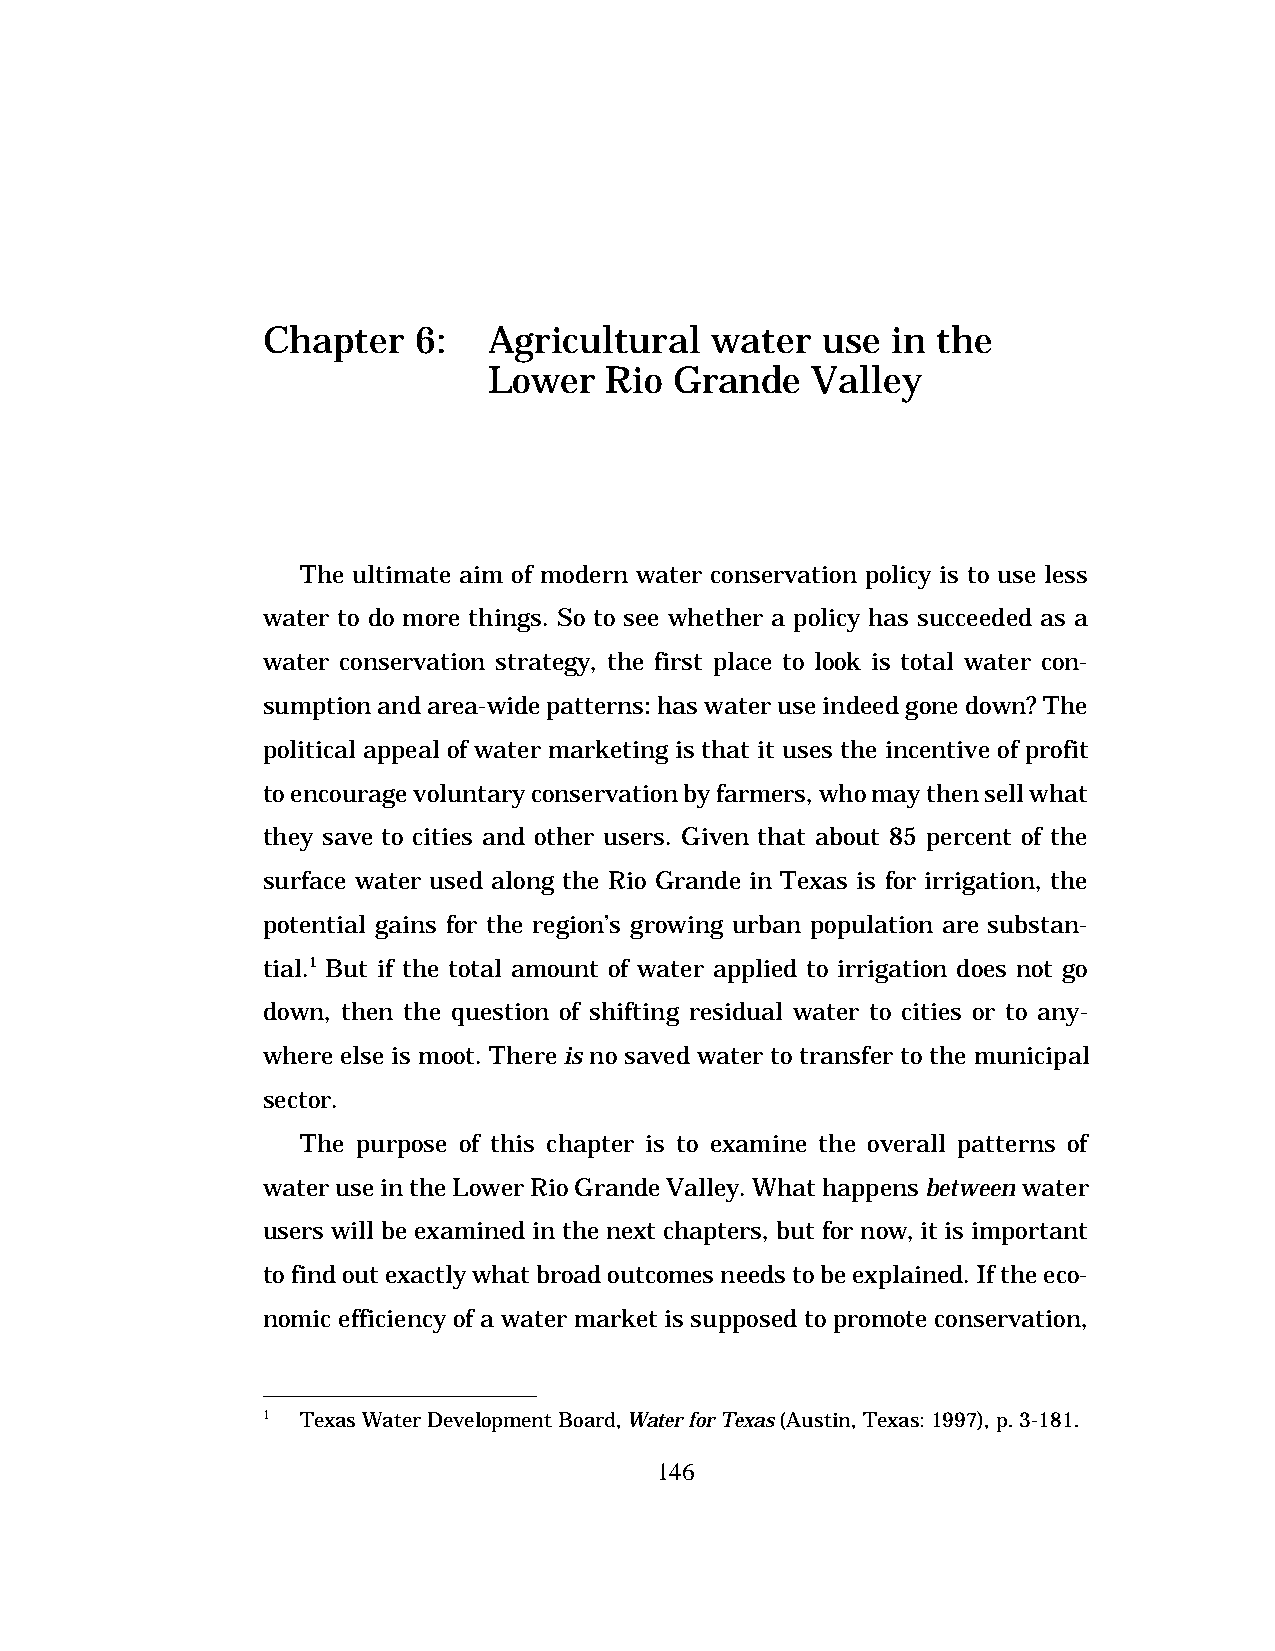
Chapter    6:  Agricultural   water  use  in the
 Lower   Rio  Grande   Valley
 The ultimate aim of modern water conservation policy is to use less
 water to do more things. So to see whether a policy has succeeded as a
 water conservation strategy, the first place to look is total water con-
 sumption and area-wide patterns: has water use indeed gone down? The
 political appeal of water marketing is that it uses the incentive of profit
 to encourage voluntary conservation by farmers, who may then sell what
 they save to cities and other users. Given that about 85 percent of the
 surface water used along the Rio Grande in Texas is for irrigation, the
 potential gains for the region’s growing urban population are substan-
 tial.1 But if the total amount of water applied to irrigation does not go
 down, then the question of shifting residual water to cities or to any-
 where else is moot. There is no saved water to transfer to the municipal
 sector.
 The purpose of this chapter is to examine the overall patterns of
 water use in the Lower Rio Grande Valley. What happens between water
 users will be examined in the next chapters, but for now, it is important
 to find out exactly what broad outcomes needs to be explained. If the eco-
 nomic efficiency of a water market is supposed to promote conservation,
 1  Texas Water Development Board, Water for Texas (Austin, Texas: 1997), p. 3-181.
 146